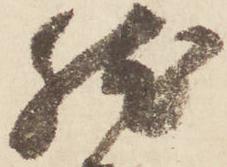
然